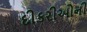
દીકરીઓની